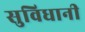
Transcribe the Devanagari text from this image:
सुविधानी